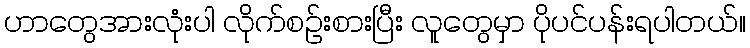
ဟာတွေအားလုံးပါ လိုက်စဉ်းစားပြီး လူတွေမှာ ပိုပင်ပန်းရပါတယ်။